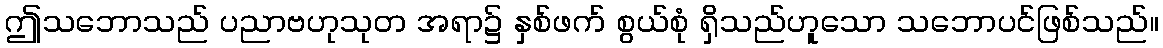
ဤသဘောသည် ပညာဗဟုသုတ အရာ၌ နှစ်ဖက် စွယ်စုံ ရှိသည်ဟူသော သဘောပင်ဖြစ်သည်။